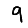
Digit: 9